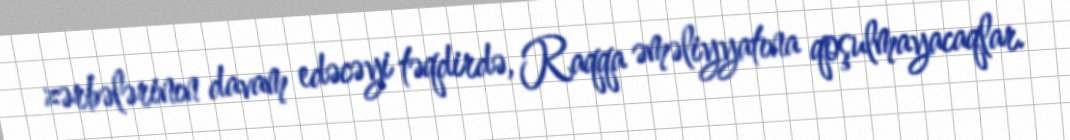
zərbələrinın davam edəcəyi təqdirdə, Raqqa əməliyyatına qoşulmayacaqlar.